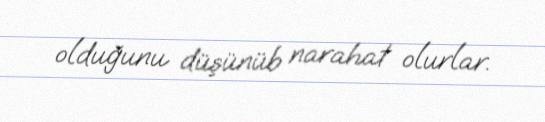
olduğunu düşünüb narahat olurlar.